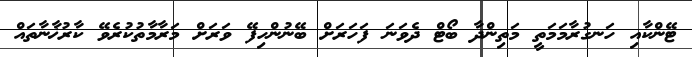
ޓޭންކާއި ހަނގުރާމަމަތީ މަތިންދާ ބޯޓް ދެވަނަ ފަހަރަށް ބޭނުންހިފޭ ވަރަށް މަރާމާތުކުރެވޭ ކާރުޚާނާތައް